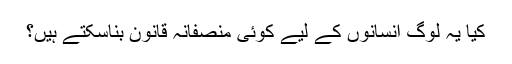
کیا یہ لوگ انسانوں کے لیے کوئی منصفانہ قانون بناسکتے ہیں؟